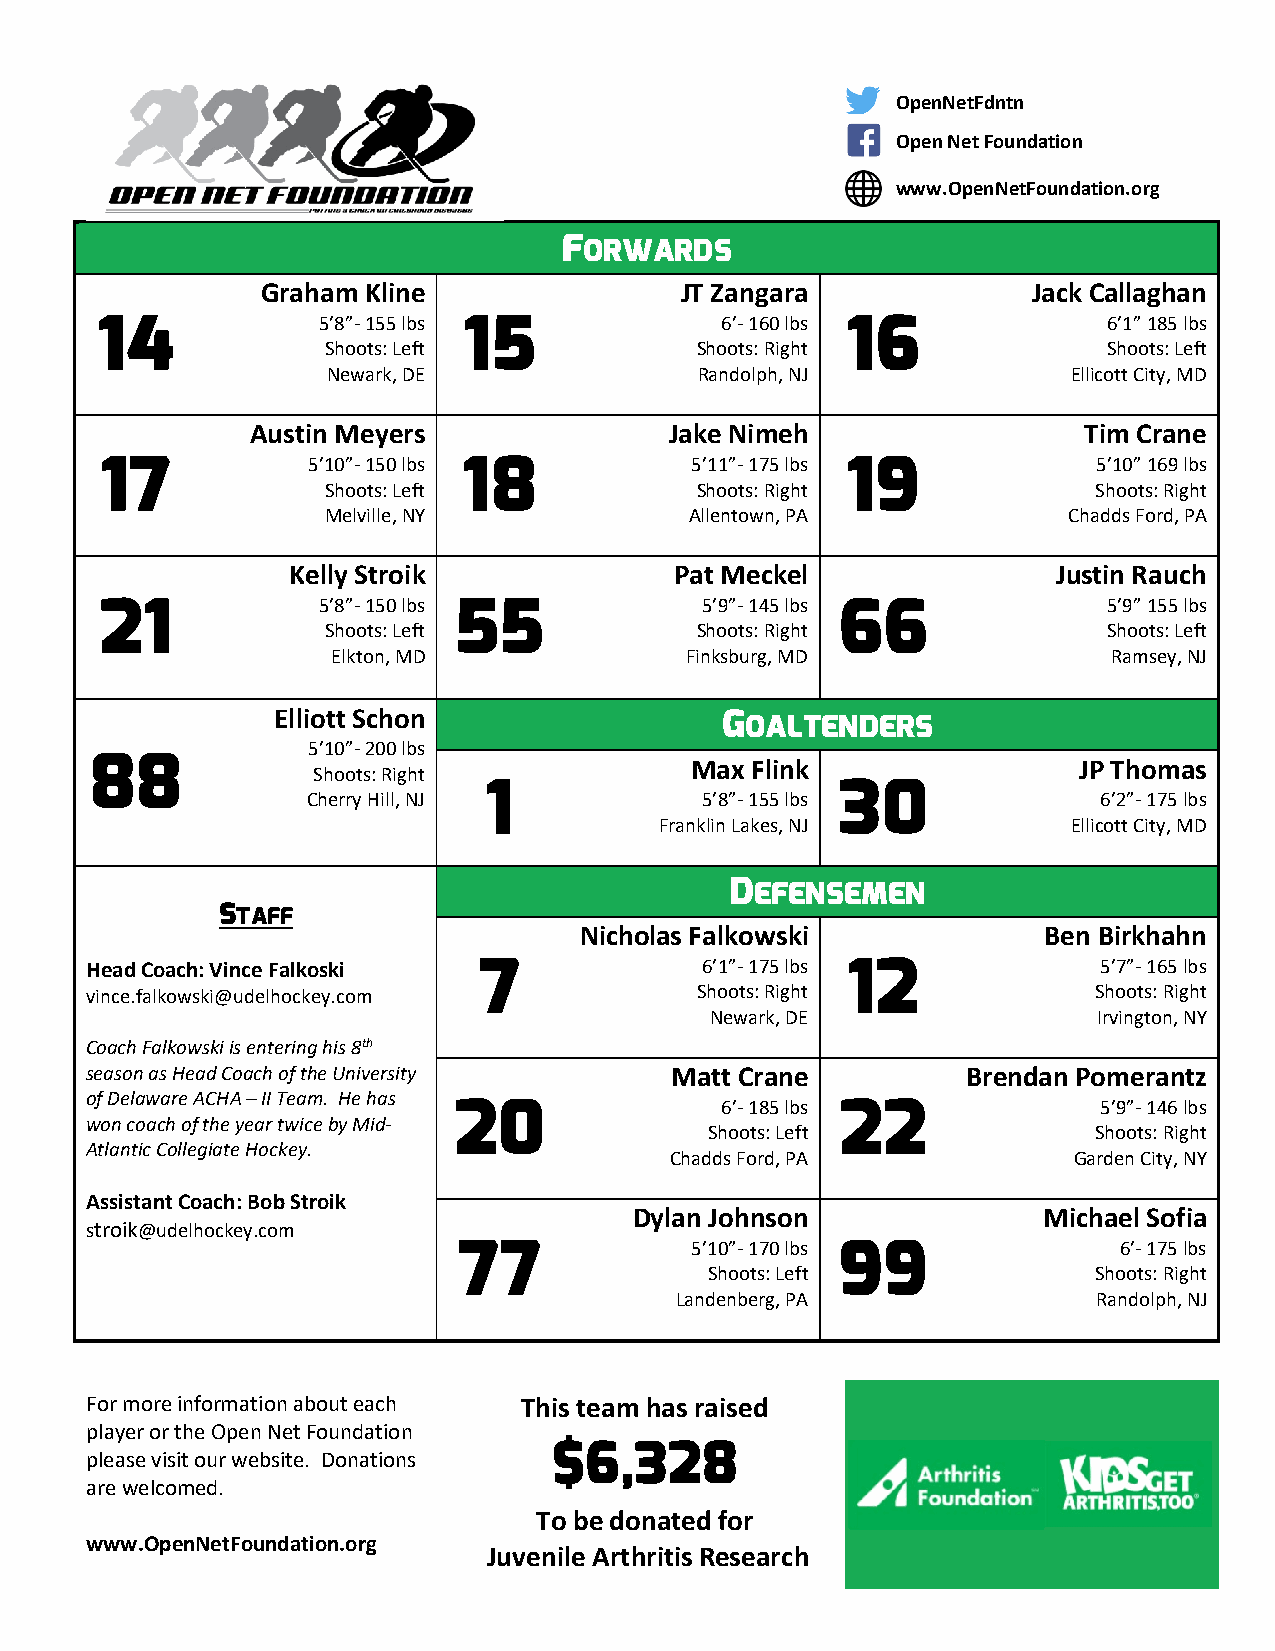
OpenNetFdntn
 Open Net Foundation
 www.OpenNetFoundation.org
 FORWARDS
 Graham Kline                JT Zangara             Jack Callaghan
 14             5’8”- 155 lbs 15           6’- 160 lbs 16           6’1” 185 lbs
 Shoots: Left            Shoots: Right              Shoots: Left
 Newark, DE              Randolph, NJ             Ellicott City, MD
 Austin Meyers              Jake Nimeh                  Tim Crane
 17           5’10”- 150 lbs 18         5’11”- 175 lbs 19          5’10” 169 lbs
 Shoots: Left            Shoots: Right             Shoots: Right
 Melville, NY            Allentown, PA            Chadds Ford, PA
 Kelly Stroik              Pat Meckel               Justin Rauch
 21            5’8”- 150 lbs 55         5’9”- 145 lbs 66           5’9” 155 lbs
 Shoots: Left            Shoots: Right              Shoots: Left
 Elkton, MD             Finksburg, MD                Ramsey, NJ
 Elliott Schon                 GOALTENDERS
 5’10”- 200 lbs
 88                                      Max Flink                JP Thomas
 Shoots: Right
 1                       30
 Cherry Hill, NJ           5’8”- 155 lbs              6’2”- 175 lbs
 Franklin Lakes, NJ         Ellicott City, MD
 DEFENSEMEN
 STAFF
 Nicholas Falkowski             Ben Birkhahn
 Head Coach: Vince Falkoski 7            6’1”- 175 lbs 12           5’7”- 165 lbs
 vince.falkowski@udelhockey.com          Shoots: Right             Shoots: Right
 Newark, DE                Irvington, NY
 Coach Falkowski is entering his 8th
 season as Head Coach of the University Matt Crane         Brendan Pomerantz
 of Delaware ACHA – II Team. He has
 20                6’- 185 lbs 22           5’9”- 146 lbs
 won coach of the year twice by Mid-
 Shoots: Left             Shoots: Right
 Atlantic Collegiate Hockey.
 Chadds Ford, PA            Garden City, NY
 Assistant Coach: Bob Stroik
 Dylan Johnson              Michael Sofia
 stroik@udelhockey.com
 77              5’10”- 170 lbs 99           6’- 175 lbs
 Shoots: Left             Shoots: Right
 Landenberg, PA              Randolph, NJ
 For more information about each This team has raised
 player or the Open Net Foundation
 please visit our website. Donations
 $6,328
 are welcomed.
 To be donated for
 www.OpenNetFoundation.org
 Juvenile Arthritis Research